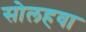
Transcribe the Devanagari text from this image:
सोलहवा